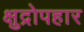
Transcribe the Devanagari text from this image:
क्षुद्रोपहार